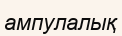
ампулалық